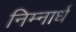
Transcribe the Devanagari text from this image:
निम्नार्ध